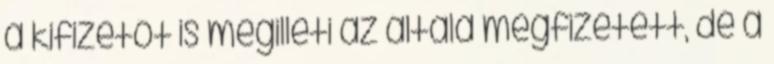
a kifizetőt is megilleti az általa megfizetett, de a